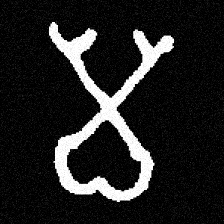
Pyu character \u2014 Myanmar letter: မ (romanized: ma)